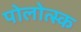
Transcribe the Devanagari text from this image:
पोलोत्स्क